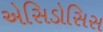
એસિડોસિસ